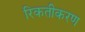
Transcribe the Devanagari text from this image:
रिकतीकरण